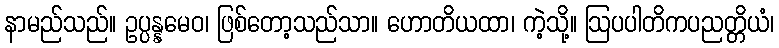
နာမည်သည်။ ဥပ္ပန္နမေဝ၊ ဖြစ်တော့သည်သာ။ ဟောတိယထာ၊ ကဲ့သို့။ ဩပပါတိကပညတ္တိယံ၊